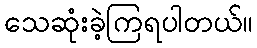
သေဆုံးခဲ့ကြရပါတယ်။